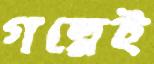
গল্পেই